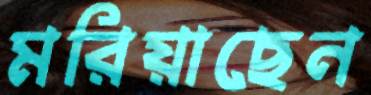
মরিয়াছেন